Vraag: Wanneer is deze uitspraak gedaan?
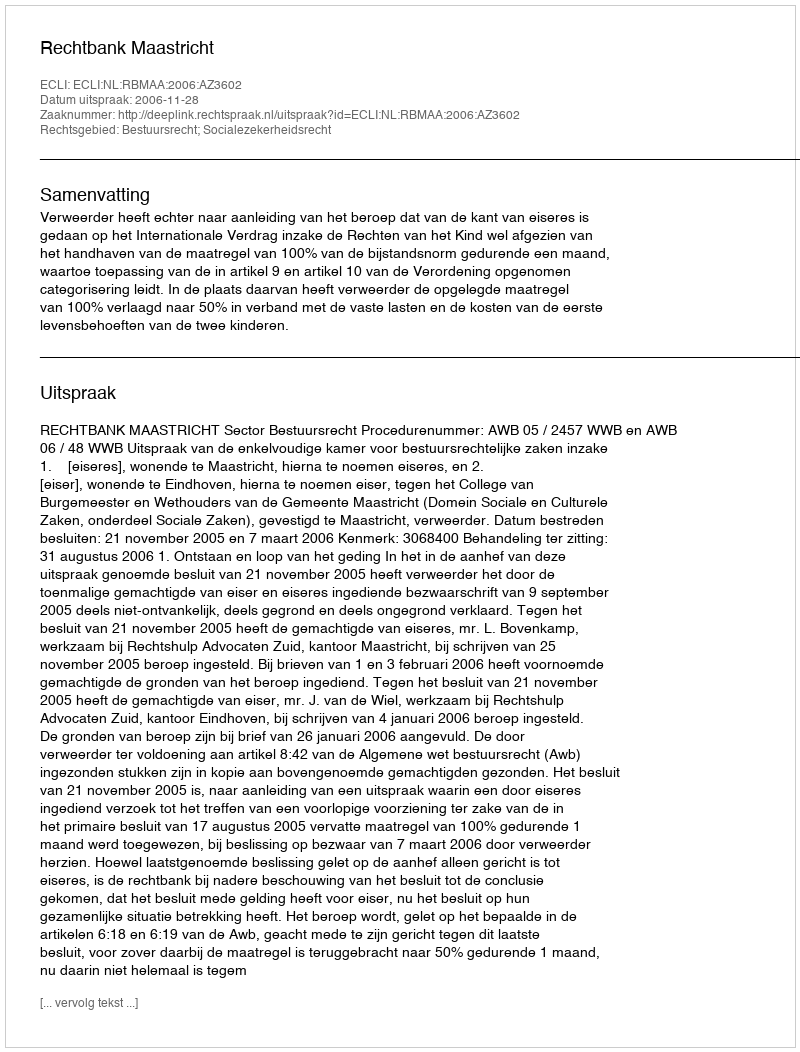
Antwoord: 2006-11-28